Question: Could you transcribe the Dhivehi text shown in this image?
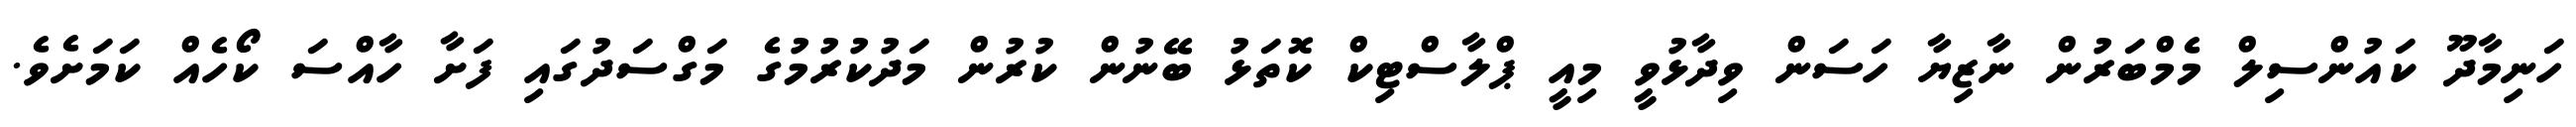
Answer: ހަނިމާދޫ ކައުންސިލް މެމްބަރުން ނާޒިޔާ ހަސަން ވިދާޅުވީ މިއީ ޕްލާސްޓިކް ކޮތަޅު ބޭނުން ކުރުން މަދުކުރުމުގެ މަގްސަދުގައި ފަށާ ހާއްސަ ކޯހެއް ކަމަށެވެ.